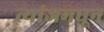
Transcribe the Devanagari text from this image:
त्यांजमधून